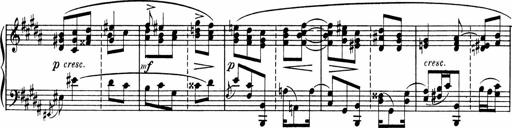
Title: Sonatine pour piano
Composer: Albert Roussel